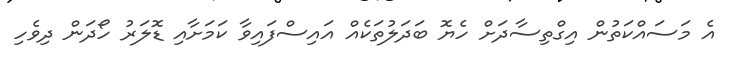
އެ މަސައްކަތުން އިގްތިސާދަށް ހެޔޮ ބަދަލުތަކެއް އައިސްފައިވާ ކަމަށާއި ޑޮލަރު ހޯދަން ދިވެހި